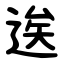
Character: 逘